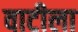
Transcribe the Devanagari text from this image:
वाटीला